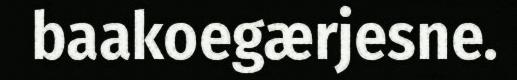
baakoegærjesne.